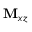
\mathbf { M } _ { x z }